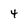
Character: 4